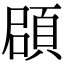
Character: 𩒫